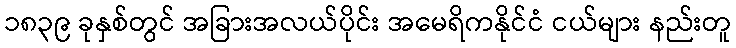
၁၈၃၉ ခုနှစ်တွင် အခြားအလယ်ပိုင်း အမေရိကနိုင်ငံ ငယ်များ နည်းတူ